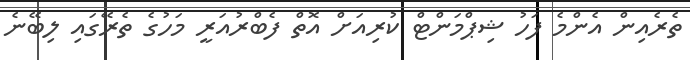
ތެރެއިން އެންމެ ފަހު ޝިޕްމަންޓް ކުރިއަށް އޮތް ފެބްރުއަރީ މަހުގެ ތެރޭގައި ލިބޭނެ